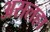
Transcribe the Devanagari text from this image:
असलहा